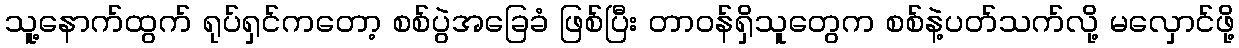
သူ့နောက်ထွက် ရုပ်ရှင်ကတော့ စစ်ပွဲအခြေခံ ဖြစ်ပြီး တာဝန်ရှိသူတွေက စစ်နဲ့ပတ်သက်လို့ မလှောင်ဖို့